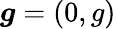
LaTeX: \boldsymbol{g}=(0,g)